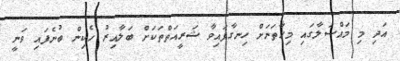
އަދި މި މައްސަލާގައި މިހާތަނަށް ހިނގާފައިވާ ޝަރީއަތްތަކަށް ބަލާއިރު ހެކިން ބުނެފައި ވަނީ